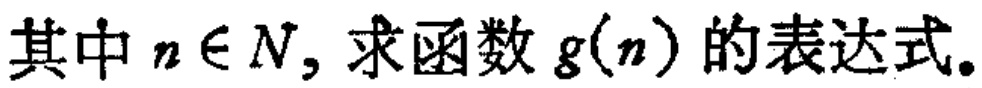
其中 \(n\in N\)，求函数 \(g(n)\) 的表达式。